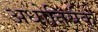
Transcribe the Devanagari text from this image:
अधोतिर्यक्‌